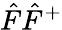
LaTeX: {\hat{F}}{\hat{F}}^{+}